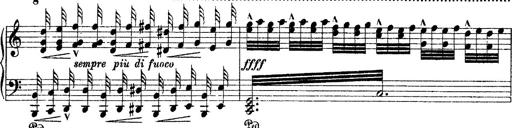
Title: Grande fantasie di bravura sur La clochette
Composer: Franz Liszt
Key: A minor